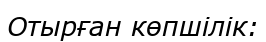
Отырған көпшілік: